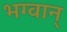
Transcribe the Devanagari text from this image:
भग्वान्